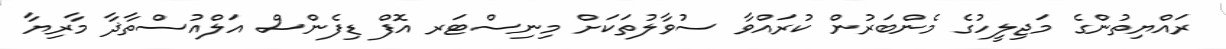
ރައްޔިތުންގެ މަޖިލީހުގެ މެންބަރުން ކުރައްވާ ސުވާލުތަކަށް މިނިސްޓަރ އޮފް ޑިފެންސް އަލްއުސްތާޛާ މާރިޔާ